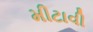
મીટાવી